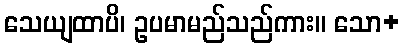
သေယျထာပိ၊ ဥပမာမည်သည်ကား။ သော+